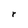
Character: r